Vaccination in the Punjab 1905-1918 - 1905-1918
Year: 1905
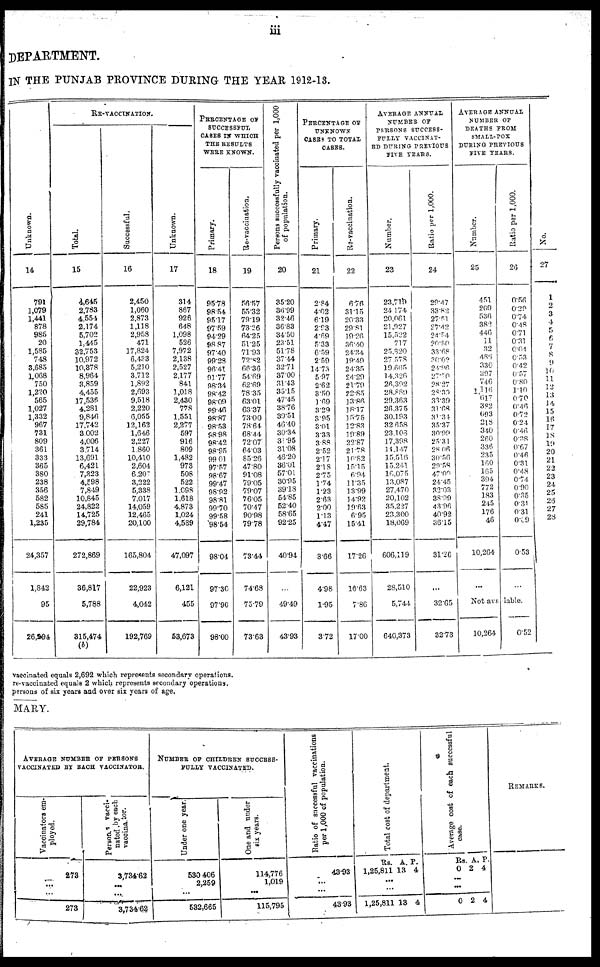
iii
DEPARTMENT.
IN THE PUNJAB PROVINCE DURING THE YEAR 1912-13.
Unknown.
14
791
1,079
1,441
878
985
20
1,585
748
3,685
1,068
750
1,220
565
1,027
1,332
967
731
809
361
333
365
380
238
356
582
585
241
1,235
24,357
1,842
95
26,294
RE-VACCINATION.
Total.
15
4,645
2,783
4,554
2,174
5,702
1,445
32,753
10,972
10,378
8,964
3,859
4,455
17,536
4,281
9,846
17,742
3,002
4,006
3,714
13,691
6,421
7,323
4,598
7,849
10,845
24,822
14,725
29,784
272,869
36,817
5,788
315,474
(b)
Successful,
16
2,450
1,060
2,873
1,118
2,958
471
17,824
6,433
5,210
3,712
1,892
2,693
9,518
2,220
6,055
12,162
1,646
2,227
1,860
10,410
2,604
6,207
3,222
5,338
7,017
14,059
12,465
20,100
165,804
22,923
4,042
192,769
Unknown.
17
314
867
926
648
1,098
526
7,972
2,138
2,527
2,177
841
1,018
2,430
778
1,551
2,277
597
916
809
1,482
973
508
522
1,098
1,618
4,873
1,024
4,589
47,097
6,121
455
53,673
PERCENTAGE OF
SUCCESSFUL
CASES IN WHICH
THE RESULTS
WERE KNOWN.
Primary.
18
95.78
98.54
95.17
97.59
94.29
98.87
97.40
99.28
96.41
91.77
98.34
98.42
98.09
99.46
98.87
98.53
98.98
98.42
98.95
99.01
97.57
98.67
99.47
98.92
98.81
99.70
99.58
98.54
98.04
97.30
97.90
98.00
Re-vaccination.
19
56.57
55.32
79.19
73.26
64.25
51.25
71.93
72.82
66.36
54.69
62.69
78.35
63.01
63.37
73.00
78.64
68.44
72.07
64.03
85.26
47.80
91.08
79.05
79.07
76.05
70.47
90.98
79.78
73.44
74.68
75.79
73.63
Persons successfully vaccinated per 1,000
of population.
20
35.20
36.99
32.46
36.83
34.50
23.51
51.78
37.44
32.71
37.00
31.43
35.15
47.45
38.76
39.51
46.40
30.34
31.95
31.08
46.20
36.01
57.01
30.95
39.18
54.85
52.40
58.65
92.25
40.94
...
49.49
43.93
PERCENTAGE OF
UNKNOWN
CASES TO TOTAL
CASES.
Primary.
21
2.84
4.02
6.19
2.93
4.69
5.33
6.59
2.59
14.73
5.97
2.62
3.50
1.69
3.29
3.95
3.01
3.33
3.88
2.52
2.17
2.18
2.75
1.74
1.23
2.63
2.00
1.13
4.47
3.66
4.98
1.95
3.72
Re-vaccination.
22
6.76
31.15
20.33
29.81
19.26
36.40
24.34
19.40
24.35
24.29
21.79
22.85
13.86
18.17
15.75
12.83
19.89
22.87
21.78
10.82
15.15
6.94
11.35
13.99
14.92
19.63
6.95
15.41
17.26
16.63
7.86
17.00
AVERAGE ANNUAL
NUMBER OF
PERSONS SUCCESS¬
FULLY VACCINAT-
ED DURING PREVIOUS
FIVE YEARS.
Number.
23
23,719
24,174
20,061
21,927
15,522
717
25,320
27,578
19,665
14,326
26,302
28,889
29,363
26,375
30,193
32,658
23,103
17,398
14,147
15,516
15,241
16,075
13,087
27,470
20,102
35,227
23,300
18,069
606,119
28,510
5,744
640,373
Ratio per 1,000.
24
29.47
33.82
27.51
27.42
24 .54
20.50
33.68
30.02
24.86
27.70
28.27
28.30
33.39
31.68
31.34
35.37
30.99
25.31
28.06
30.56
29.58
47.00
24.45
32.03
38.99
43.96
40.92
36.15
31.26
...
32.65
32.73
AVERAGE ANNUAL
NUMBER OF
DEATHS FROM
SMALL-POX
DURING PREVIOUS
FIVE YEARS.
Number.
25
451
209
536
382
446
111
32
484
330
297
746
1,116
617
382
693
218
340
260
336
235
160
165
394
772
183
245
176
46
10,264
...
Ratio per 1,000.
26
0.56
0.29
0.74
0.48
0.71
0.31
0.04
0.53
0.42
0.57
0.80
1.10
0.70
0.46
0.72
0.24
0.46
0.38
0.67
0.46
0.31
0.48
0.74
0.90
0.35
0.31
0.31
0.09
0.53
...
Not avalable.
10,264
0.52
No.
27
1
2
3
4
5
6
7
8
9
10
11
12
13
14
15
16
17
18
19
20
21
22
23
24
25
26
27
28
vaccinated equals 2,692 which represents secondary operations.
re-vaccinated equals 2 which represents secondary operations.
persons of six years and over six years of age.
MARY.
AVERAGE NUMBER OF PERSONS
VACCINATED BY EACH VACCINATOR.
Vaccinators em-
ployed.
273
...
...
273
Persons vacci-
nated by each
vaccinator.
3,734.62
...
...
3,734,62
NUMBER OF CHILDREN SUCCESS-
FULLY VACCINATED.
Under one year.
530,406
2,259
...
532,665
One and under
six years.
114,776
1,019
...
115,795
Ratio of successful vaccinations
per 1,000 of population.
43.93
...
...
43.93
Total cost of department.
Rs.
1,25,811
A.
13
P.
4
...
...
1,25,811 13 4
Average cost of each successful
cases.
Rs.
0
A.
2
P.
4
...
...
0 2 4
REMARKS.